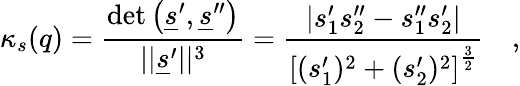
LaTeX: \kappa_{s}(q)=\frac{\mathrm{\operatorname*{det}}\left(\underline{{s}}^{\prime},\underline{{s}}^{\prime\prime}\right)}{\vert\vert\underline{{s}}^{\prime}\vert\vert^{3}}=\frac{\vert s_{1}^{\prime}s_{2}^{\prime\prime}-s_{1}^{\prime\prime}s_{2}^{\prime}\vert}{\left[(s_{1}^{\prime})^{2}+(s_{2}^{\prime})^{2}\right]^{\frac{3}{2}}}\quad,